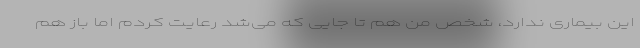
این بیماری ندارد، شخص من هم تا جایی که می‌شد رعایت کردم اما باز هم